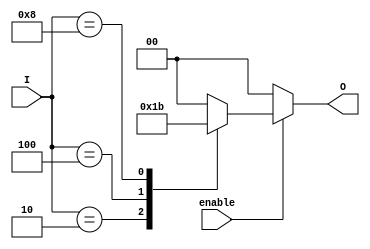
module one_of_n_encoder (
    input wire enable,         // Enable signal
    input wire [3:0] I,       // N input lines (I[0] to I[3])
    output reg [1:0] O        // Output lines for binary representation (O[1:0])
);
    
    always @(*) begin
        if (!enable) begin
            O = 2'b00; // If enable is low, output is defined as all zeros
        end else begin
            case (I)
                4'b0001: O = 2'b00; // I[0] active
                4'b0010: O = 2'b01; // I[1] active
                4'b0100: O = 2'b10; // I[2] active
                4'b1000: O = 2'b11; // I[3] active
                default: O = 2'b00; // Invalid state (more than one high or no active input)
            endcase
        end
    end

endmodule